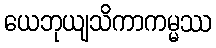
ယေဘုယျသိကာကမ္မဿ